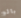
بالو